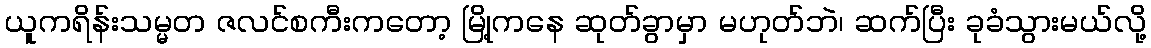
ယူကရိန်းသမ္မတ ဇလင်စကီးကတော့ မြို့ကနေ ဆုတ်ခွာမှာ မဟုတ်ဘဲ၊ ဆက်ပြီး ခုခံသွားမယ်လို့